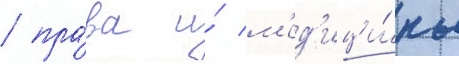
/ пра́ва и́ м'ед'ици́ны